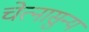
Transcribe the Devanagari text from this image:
चेत्नासुन्य